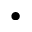
\bullet